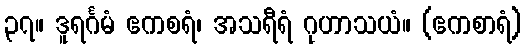
၃၇။ ဒူရင်္ဂမံ ဧကစရံ၊ အသရီရံ ဂုဟာသယံ။ (ဧကစာရံ)